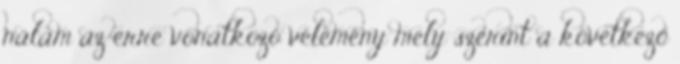
nálam az erre vonatkozó vélemény mely szerint a következő